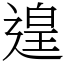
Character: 遑